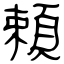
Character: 頼